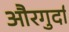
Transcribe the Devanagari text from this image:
औरगुर्दा